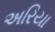
અરિયા